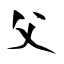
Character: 父